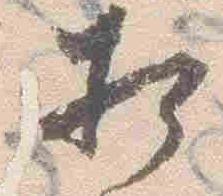
相